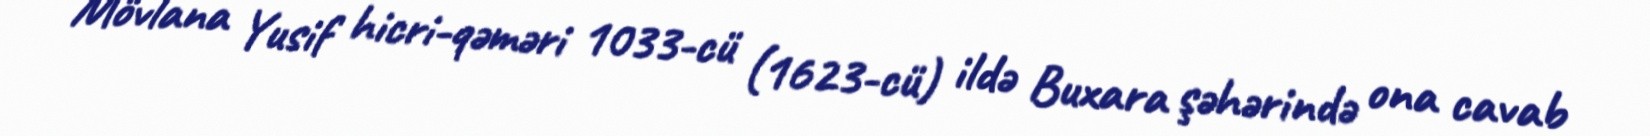
Mövlana Yusif hicri-qəməri 1033-cü (1623-cü) ildə Buxara şəhərində ona cavab